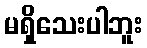
မရှိသေးပါဘူး